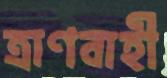
ত্রাণবাহী